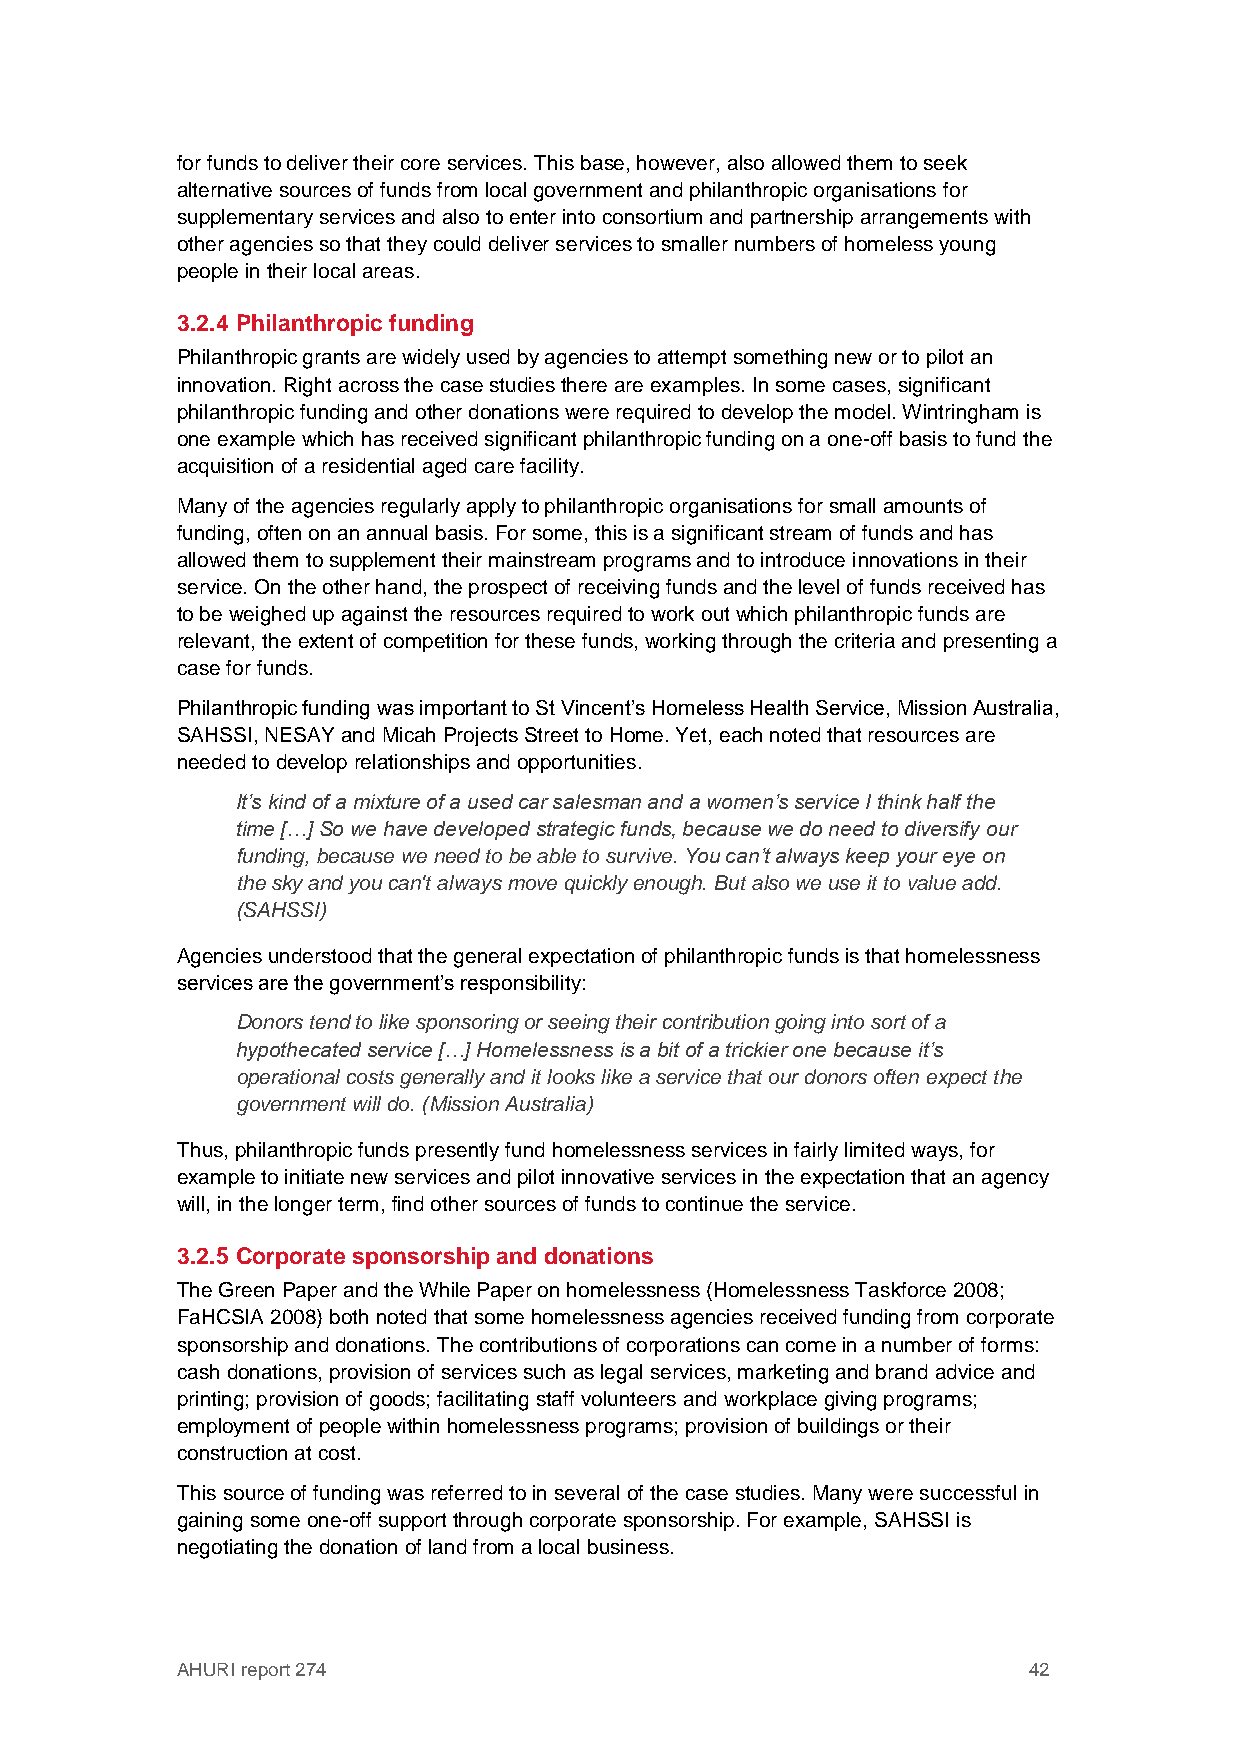
for funds to deliver their core services. This base, however, also allowed them to seek
 alternative sources of funds from local government and philanthropic organisations for
 supplementary services and also to enter into consortium and partnership arrangements with
 other agencies so that they could deliver services to smaller numbers of homeless young
 people in their local areas.
 3.2.4 Philanthropic funding
 Philanthropic grants are widely used by agencies to attempt something new or to pilot an
 innovation. Right across the case studies there are examples. In some cases, significant
 philanthropic funding and other donations were required to develop the model. Wintringham is
 one example which has received significant philanthropic funding on a one-off basis to fund the
 acquisition of a residential aged care facility.
 Many of the agencies regularly apply to philanthropic organisations for small amounts of
 funding, often on an annual basis. For some, this is a significant stream of funds and has
 allowed them to supplement their mainstream programs and to introduce innovations in their
 service. On the other hand, the prospect of receiving funds and the level of funds received has
 to be weighed up against the resources required to work out which philanthropic funds are
 relevant, the extent of competition for these funds, working through the criteria and presenting a
 case for funds.
 Philanthropic funding was important to St Vincent’s Homeless Health Service, Mission Australia,
 SAHSSI, NESAY and Micah Projects Street to Home. Yet, each noted that resources are
 needed to develop relationships and opportunities.
 It’s kind of a mixture of a used car salesman and a women’s service I think half the
 time […] So we have developed strategic funds, because we do need to diversify our
 funding, because we need to be able to survive. You can’t always keep your eye on
 the sky and you can't always move quickly enough. But also we use it to value add.
 (SAHSSI)
 Agencies understood that the general expectation of philanthropic funds is that homelessness
 services are the government’s responsibility:
 Donors tend to like sponsoring or seeing their contribution going into sort of a
 hypothecated service […] Homelessness is a bit of a trickier one because it’s
 operational costs generally and it looks like a service that our donors often expect the
 government will do. (Mission Australia)
 Thus, philanthropic funds presently fund homelessness services in fairly limited ways, for
 example to initiate new services and pilot innovative services in the expectation that an agency
 will, in the longer term, find other sources of funds to continue the service.
 3.2.5 Corporate sponsorship and donations
 The Green Paper and the While Paper on homelessness (Homelessness Taskforce 2008;
 FaHCSIA 2008) both noted that some homelessness agencies received funding from corporate
 sponsorship and donations. The contributions of corporations can come in a number of forms:
 cash donations, provision of services such as legal services, marketing and brand advice and
 printing; provision of goods; facilitating staff volunteers and workplace giving programs;
 employment of people within homelessness programs; provision of buildings or their
 construction at cost.
 This source of funding was referred to in several of the case studies. Many were successful in
 gaining some one-off support through corporate sponsorship. For example, SAHSSI is
 negotiating the donation of land from a local business.
 AHURI report 274                                        42